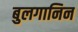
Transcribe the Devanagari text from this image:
बुलगानिन